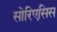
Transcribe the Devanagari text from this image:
सोरिएसिस